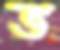
ভ